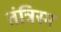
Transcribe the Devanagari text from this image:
तंत्रिस्म